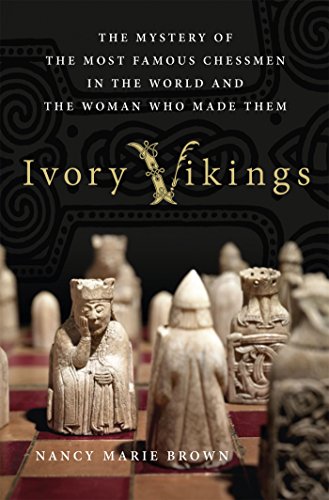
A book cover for Ivory Vikings: The Mystery of the Most Famous Chessmen in the World and the Woman Who Made Them; Nancy Marie Brown; Humor & Entertainment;